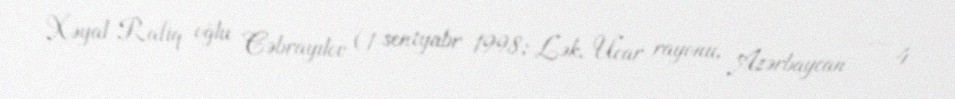
Xəyal Rafiq oğlu Cəbrayılov (1 sentyabr 1998; Lək, Ucar rayonu, Azərbaycan — 4